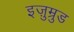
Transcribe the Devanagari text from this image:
इज़ुम्रुड